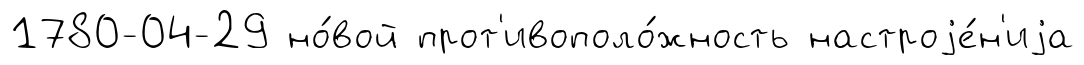
1780-04-29 но́вой прот'ивополо́жность настроjе́н'иjа